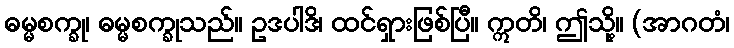
ဓမ္မစက္ခု၊ ဓမ္မစက္ခုသည်။ ဥဒပါဒိ၊ ထင်ရှားဖြစ်ပြီ။ ဣတိ၊ ဤသို့။ (အာဂတံ၊